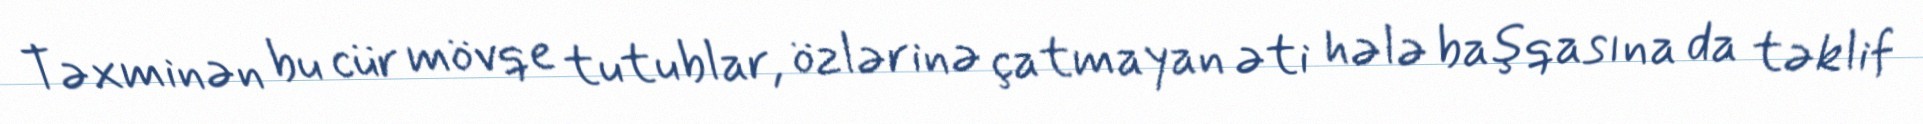
Təxminən bu cür mövqe tutublar, özlərinə çatmayan əti hələ başqasına da təklif